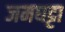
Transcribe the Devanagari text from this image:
जमघट्टा